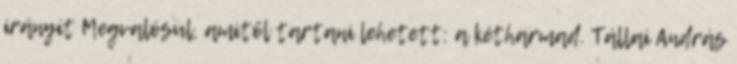
irányít Megvalósul, amitől tartani lehetett: a kétharmad. Tállai András